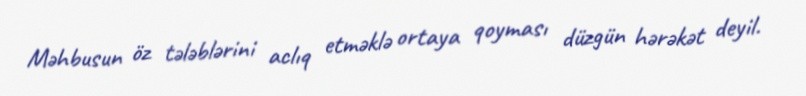
Məhbusun öz tələblərini aclıq etməklə ortaya qoyması düzgün hərəkət deyil.